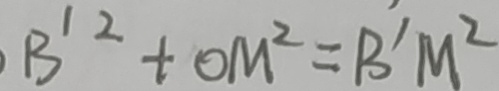
B ^ { 1 2 } + O M ^ { 2 } = B ^ { \prime } M ^ { 2 }